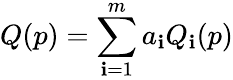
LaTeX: Q(p)=\sum_{\mathbf{i}=1}^{m}a_{\mathbf{i}}Q_{\mathbf{i}}(p)